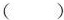
( )